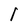
Character: I